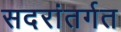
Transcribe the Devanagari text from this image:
सदरांतर्गत